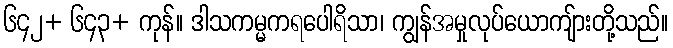
၆၄၂+ ၆၄၃+ ကုန်။ ဒါသကမ္မကရပေါရိသာ၊ ကျွန်အမှုလုပ်ယောကျ်ားတို့သည်။